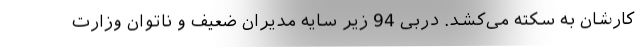
کارشان به سکته می‌کشد. دربی 94 زیر سایه مدیران ضعیف و ناتوان وزارت